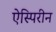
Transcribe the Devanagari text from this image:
ऐस्पिरीन